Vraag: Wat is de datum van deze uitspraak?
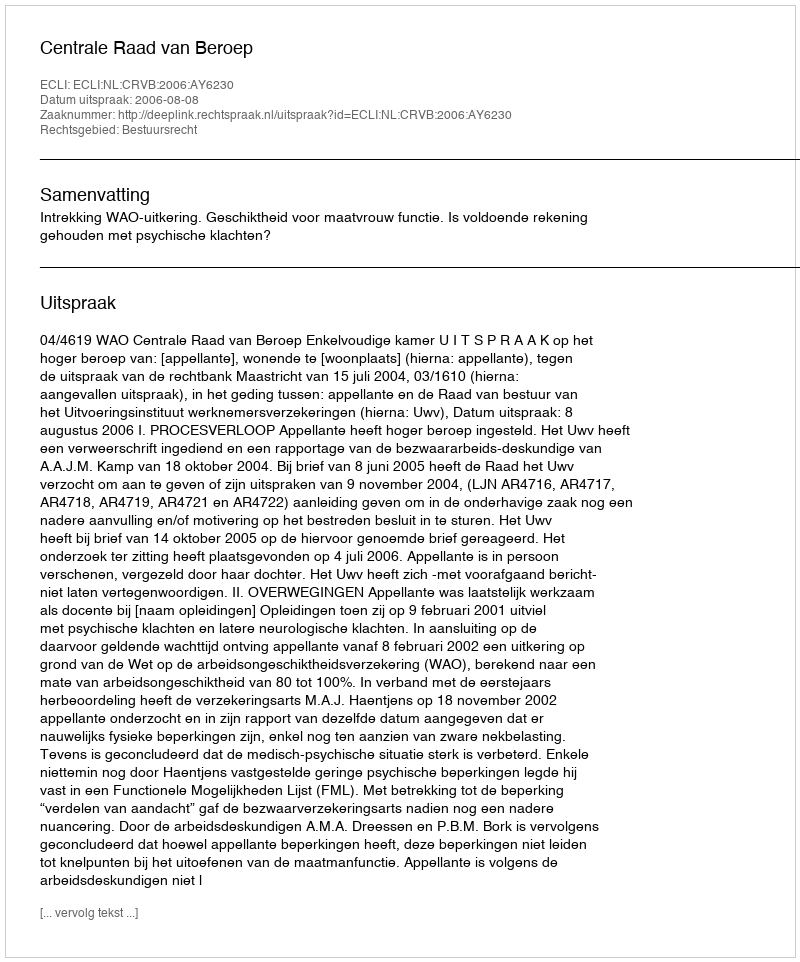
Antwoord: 2006-08-08